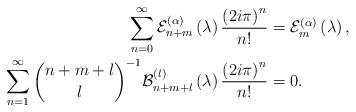
LaTeX: \begin{align*}\sum_{n=0}^{\infty}\mathcal{E}_{n+m}^{\left( \alpha\right) }\left(\lambda\right) \frac{\left( 2i\pi\right) ^{n}}{n!} & =\mathcal{E}_{m}^{\left( \alpha\right) }\left( \lambda\right) ,\\\sum_{n=1}^{\infty}\binom{n+m+l}{l}^{-1}\mathcal{B}_{n+m+l}^{\left( l\right)}\left( \lambda\right) \frac{\left( 2i\pi\right) ^{n}}{n!} & =0.\end{align*}